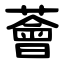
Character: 薈